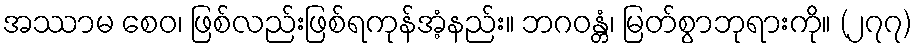
အဿာမ စေဝ၊ ဖြစ်လည်းဖြစ်ရကုန်အံ့နည်း။ ဘဂဝန္တံ၊ မြတ်စွာဘုရားကို။ (၂၇၇)